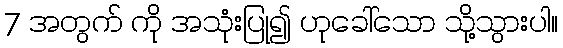
7 အတွက် ကို အသုံးပြု၍ ဟုခေါ်သော သို့သွားပါ။